Report of the Imperial Institute of Veterinary Research, Muktesar
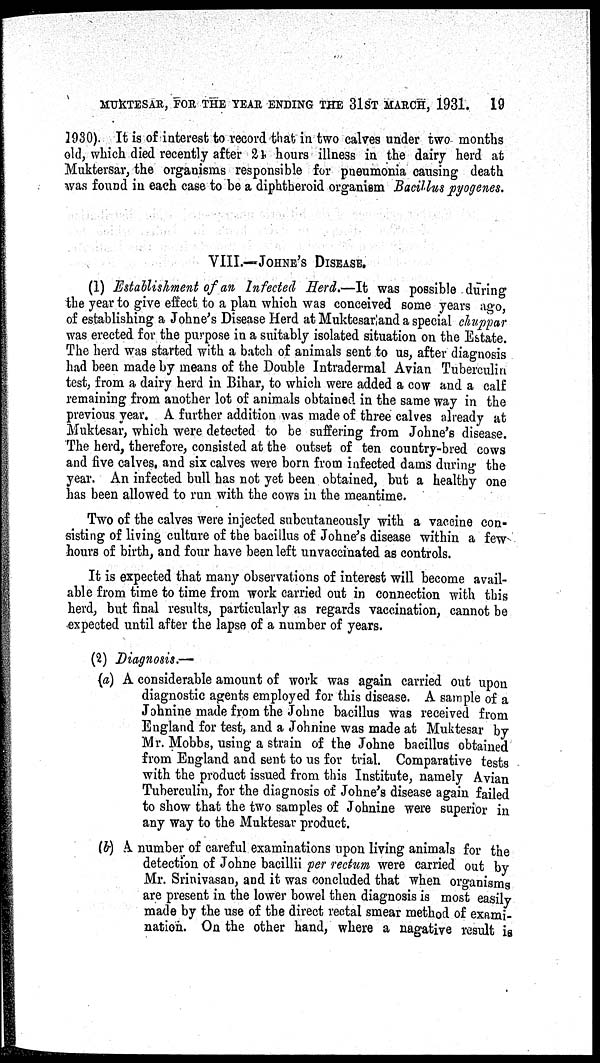
MUKTESAR, FOR THE YEAR ENDING THE 31ST MARCH, 1931.
19
1930). It is of interest to record that in two calves under two months
old, which died recently after 24 hours illness in the dairy herd at
Muktersar, the organisms responsible for pneumonia causing death
was found in each case to be a diphtheroid organism Bacillus pyogenes.
VIII.—JOHNE'S DISEASE.
(1) Establishment of an Infected Herd.—It was possible during
the year to give effect to a plan which was conceived some years ago,
of establishing a Johne's Disease Herd at Muktesar and a special chuppar
was erected for the purpose in a suitably isolated situation on the Estate.
The herd was started with a batch of animals sent to us, after diagnosis
had been made by means of the Double Intradermal Avian Tuberculin
test, from a dairy herd in Bihar, to which were added a cow and a calf
remaining from another lot of animals obtained in the same way in the
previous year. A further addition was made of three calves already at
Muktesar, which were detected to be suffering from Johne's disease.
The herd, therefore, consisted at the outset of ten country-bred cows
and five calves, and six calves were born from infected dams during the
year. An infected bull has not yet been obtained, but a healthy one
has been allowed to run with the cows in the meantime.
Two of the calves were injected subcutaneously with a vaccine con-
sisting of living culture of the bacillus of Johne's disease within a few
hours of birth, and four have been left unvaccinated as controls.
It is expected that many observations of interest will become avail-
able from time to time from work carried out in connection with this
herd, but final results, particularly as regards vaccination, cannot be
expected until after the lapse of a number of years.
(2) Diagnosis.—
(a) A considerable amount of work was again carried out upon
diagnostic agents employed for this disease. A sample of a
Johnine made from the Johne bacillus was received from
England for test, and a Johnine was made at Muktesar by
Mr. Mobbs, using a strain of the Johne bacillus obtained
from England and sent to us for trial. Comparative tests
with the product issued from this Institute, namely Avian
Tuberculin, for the diagnosis of Johne's disease again failed
to show that the two samples of Johnine were superior in
any way to the Muktesar product.
(b) A number of careful examinations upon living animals for the
detection of Johne bacillii per rectum were carried out by
Mr. Srinivasan, and it was concluded that when organisms
are present in the lower bowel then diagnosis is most easily
made by the use of the direct rectal smear method of exami-
nation. On the other hand, where a nagative result is